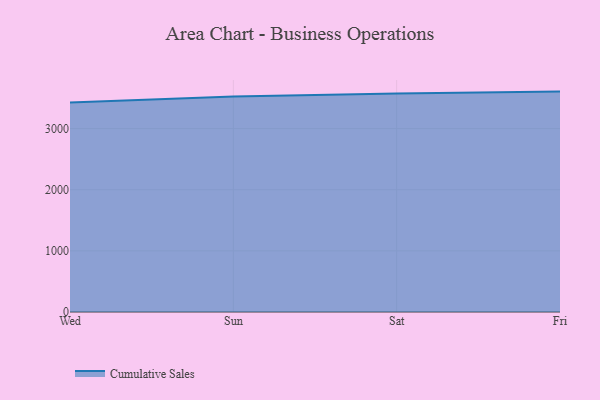
{"axis": {"x": "Day", "y": "Market Share (%)"}, "legend": ["Cumulative Sales"], "data": [{"x": "Wed", "y": 3425.4, "type": "Cumulative Sales"}, {"x": "Sun", "y": 3526.1, "type": "Cumulative Sales"}, {"x": "Sat", "y": 3574.1, "type": "Cumulative Sales"}, {"x": "Fri", "y": 3605.3, "type": "Cumulative Sales"}]}